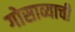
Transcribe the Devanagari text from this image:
गोसाव्याची